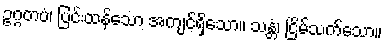
ဥဂ္ဂတပံ၊ ပြင်းထန်သော အကျင့်ရှိသော။ သန္တံ၊ ငြိမ်သက်သော။